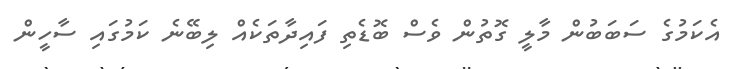
އެކަމުގެ ސަބަބުން މާލީ ގޮތުން ވެސް ބޮޑެތި ފައިދާތަކެއް ލިބޭނެ ކަމުގައި ސާހީން